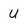
Character: U